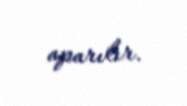
aparılır.